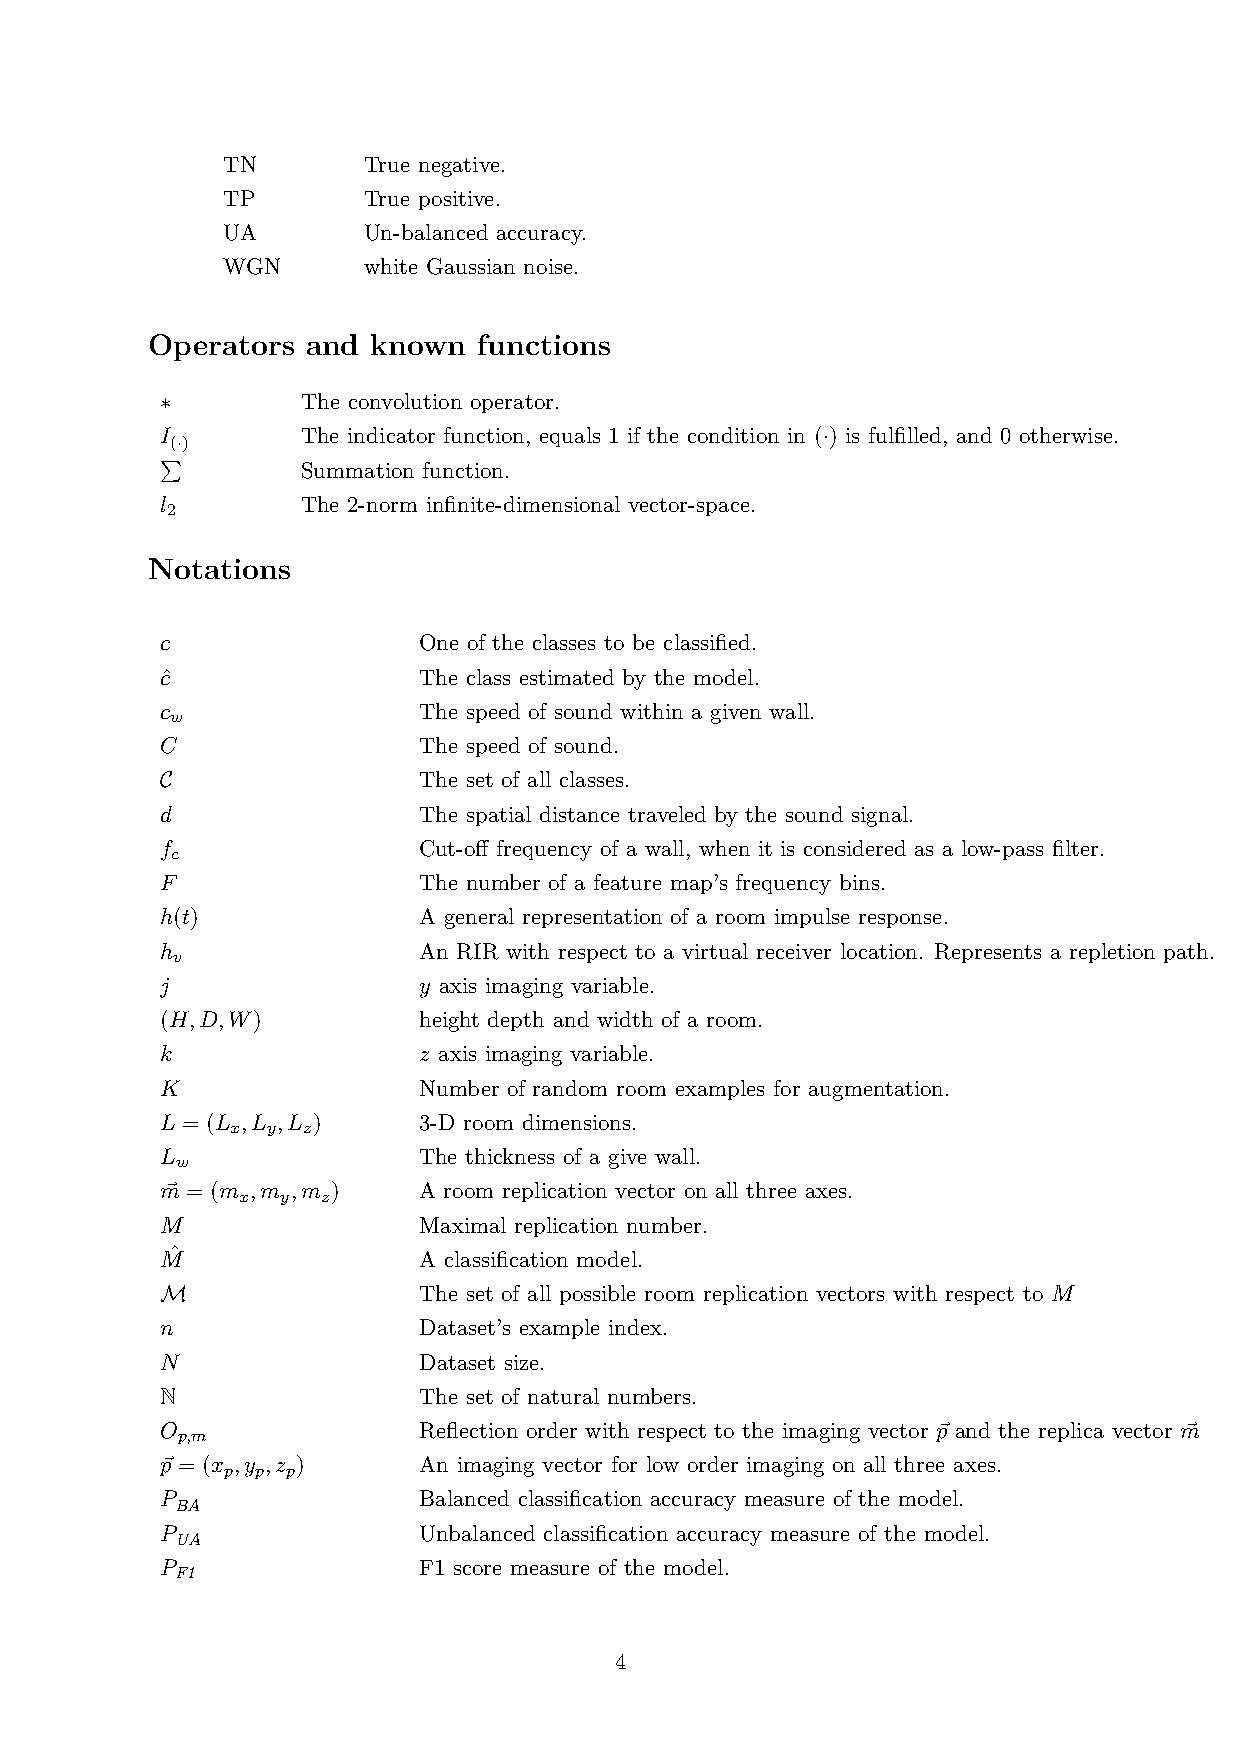
TN       True negative.
 TP       True positive.
 UA       Un-balanced accuracy.
 WGN      white Gaussian noise.
 Operators and  known  functions
 ∗        The convolution operator.
 I        The indicator function, equals 1 if the condition in (·) is fulfilled, and 0 otherwise.
 ∑(·)
 Summation function.
 l        The 2-norm infinite-dimensional vector-space.
 2
 Notations
 c                One of the classes to be classified.
 cˆ               The class estimated by the model.
 c                The speed of sound within a given wall.
 w
 C                The speed of sound.
 C                The set of all classes.
 d                The spatial distance traveled by the sound signal.
 f                Cut-off frequency of a wall, when it is considered as a low-pass filter.
 c
 F                The number of a feature map’s frequency bins.
 h(t)             A general representation of a room impulse response.
 h                An RIR with respect to a virtual receiver location. Represents a repletion path.
 v
 j                y axis imaging variable.
 (H,D,W)          height depth and width of a room.
 k                z axis imaging variable.
 K                Number of random room examples for augmentation.
 L = (L ,L ,L )   3-D room dimensions.
 x  y z
 L                The thickness of a give wall.
 w
 m⃗ = (m ,m ,m )  A room replication vector on all three axes.
 x  y z
 M                Maximal replication number.
 Mˆ               A classification model.
 M                The set of all possible room replication vectors with respect to M
 n                Dataset’s example index.
 N                Dataset size.
 N                The set of natural numbers.
 O                Reflection order with respect to the imaging vector p⃗ and the replica vector m⃗
 p,m
 p⃗= (x ,y ,z )   An imaging vector for low order imaging on all three axes.
 p p p
 P                Balanced classification accuracy measure of the model.
 BA
 P                Unbalanced classification accuracy measure of the model.
 UA
 P                F1 score measure of the model.
 F1
 4